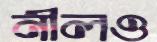
নীলও